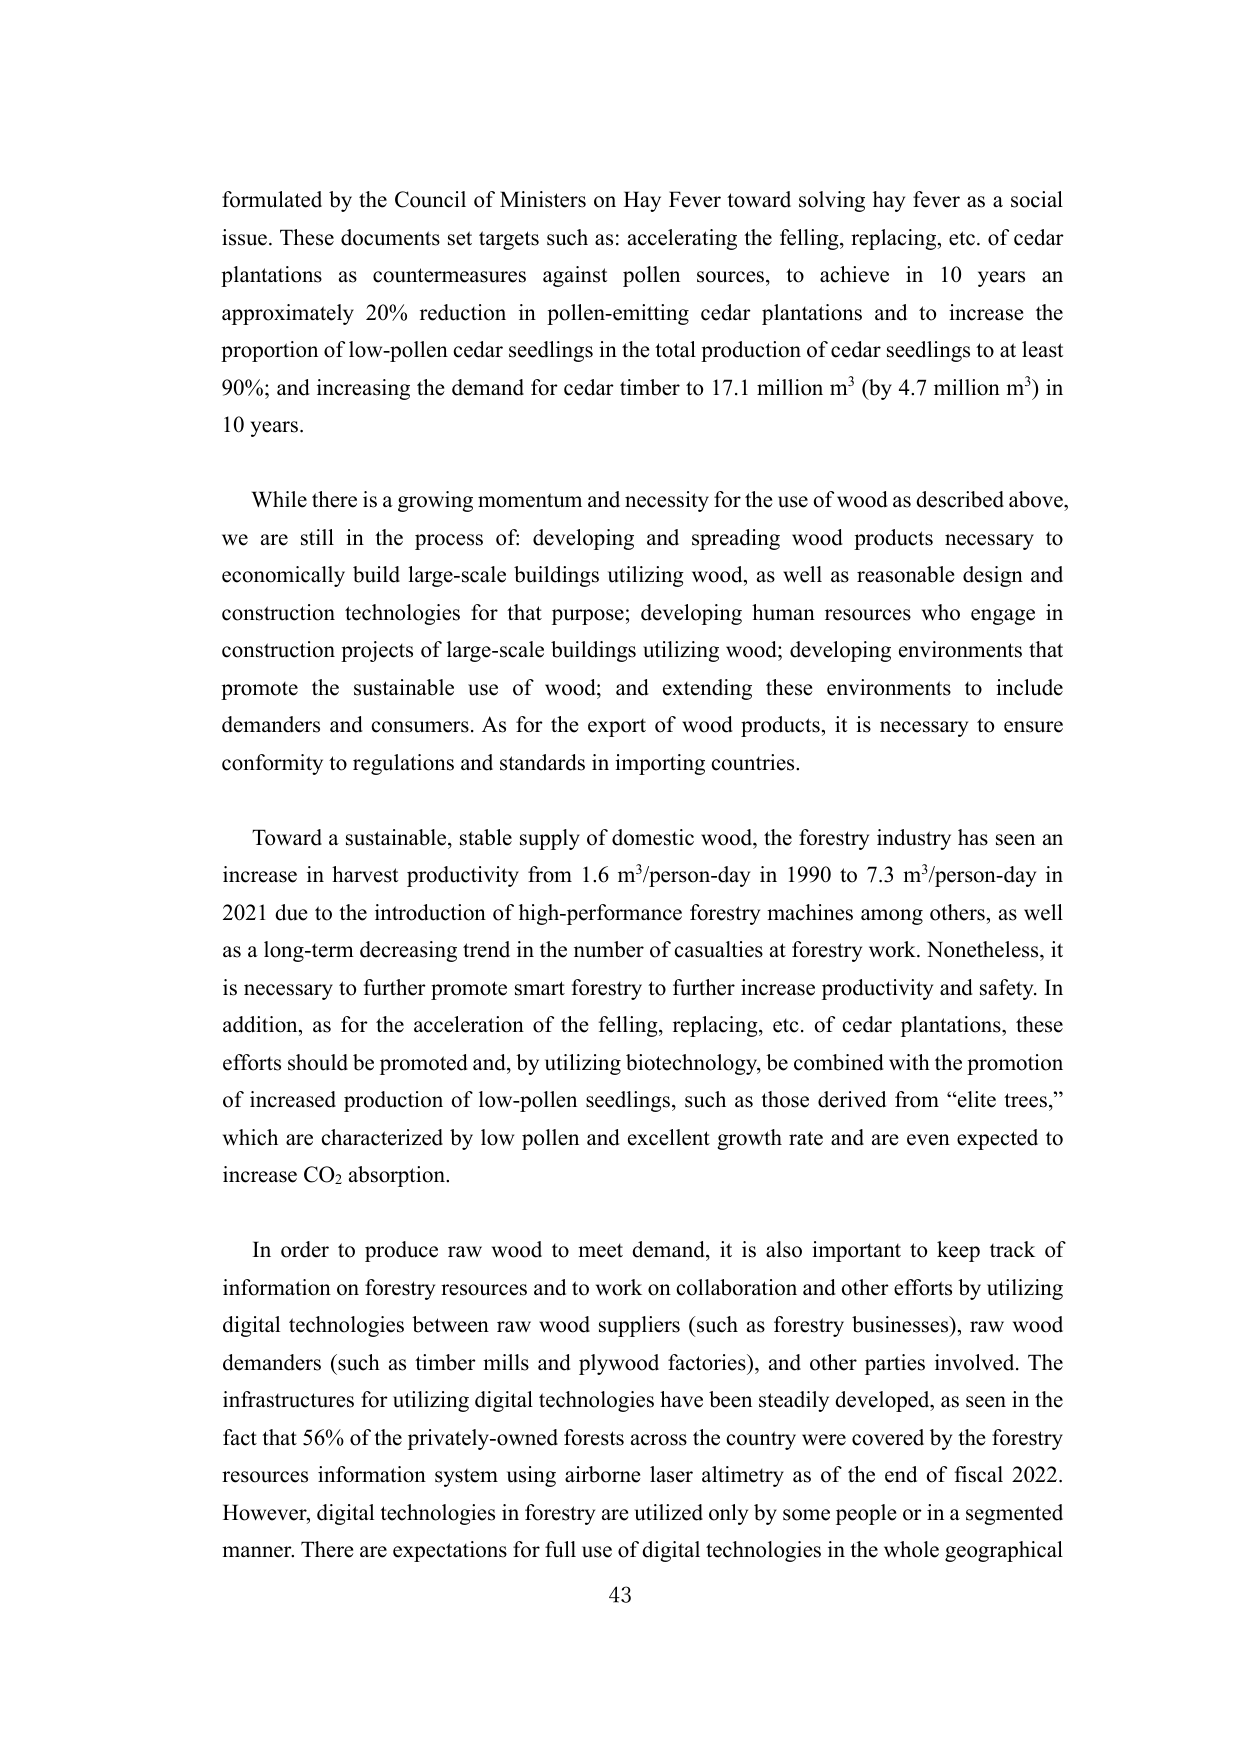
formulated by the Council of Ministers on Hay Fever toward solving hay fever as a social issue. These documents set targets such as: accelerating the felling, replacing, etc. of cedar plantations as countermeasures against pollen sources, to achieve in 10 years an approximately 20% reduction in pollen-emitting cedar plantations and to increase the proportion of low-pollen cedar seedlings in the total production of cedar seedlings to at least 90%; and increasing the demand for cedar timber to 17.1 million m³ (by 4.7 million m³) in 10 years.

While there is a growing momentum and necessity for the use of wood as described above, we are still in the process of: developing and spreading wood products necessary to economically build large-scale buildings utilizing wood, as well as reasonable design and construction technologies for that purpose; developing human resources who engage in construction projects of large-scale buildings utilizing wood; developing environments that promote the sustainable use of wood; and extending these environments to include demanders and consumers. As for the export of wood products, it is necessary to ensure conformity to regulations and standards in importing countries.

Toward a sustainable, stable supply of domestic wood, the forestry industry has seen an increase in harvest productivity from 1.6 m³/person-day in 1990 to 7.3 m³/person-day in 2021 due to the introduction of high-performance forestry machines among others, as well as a long-term decreasing trend in the number of casualties at forestry work. Nonetheless, it is necessary to further promote smart forestry to further increase productivity and safety. In addition, as for the acceleration of the felling, replacing, etc. of cedar plantations, these efforts should be promoted and, by utilizing biotechnology, be combined with the promotion of increased production of low-pollen seedlings, such as those derived from “elite trees,” which are characterized by low pollen and excellent growth rate and are even expected to increase CO₂ absorption.

In order to produce raw wood to meet demand, it is also important to keep track of information on forestry resources and to work on collaboration and other efforts by utilizing digital technologies between raw wood suppliers (such as forestry businesses), raw wood demanders (such as timber mills and plywood factories), and other parties involved. The infrastructures for utilizing digital technologies have been steadily developed, as seen in the fact that 56% of the privately-owned forests across the country were covered by the forestry resources information system using airborne laser altimetry as of the end of fiscal 2022. However, digital technologies in forestry are utilized only by some people or in a segmented manner. There are expectations for full use of digital technologies in the whole geographical

43